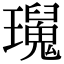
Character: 𤫅